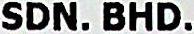
SDN. BHD.